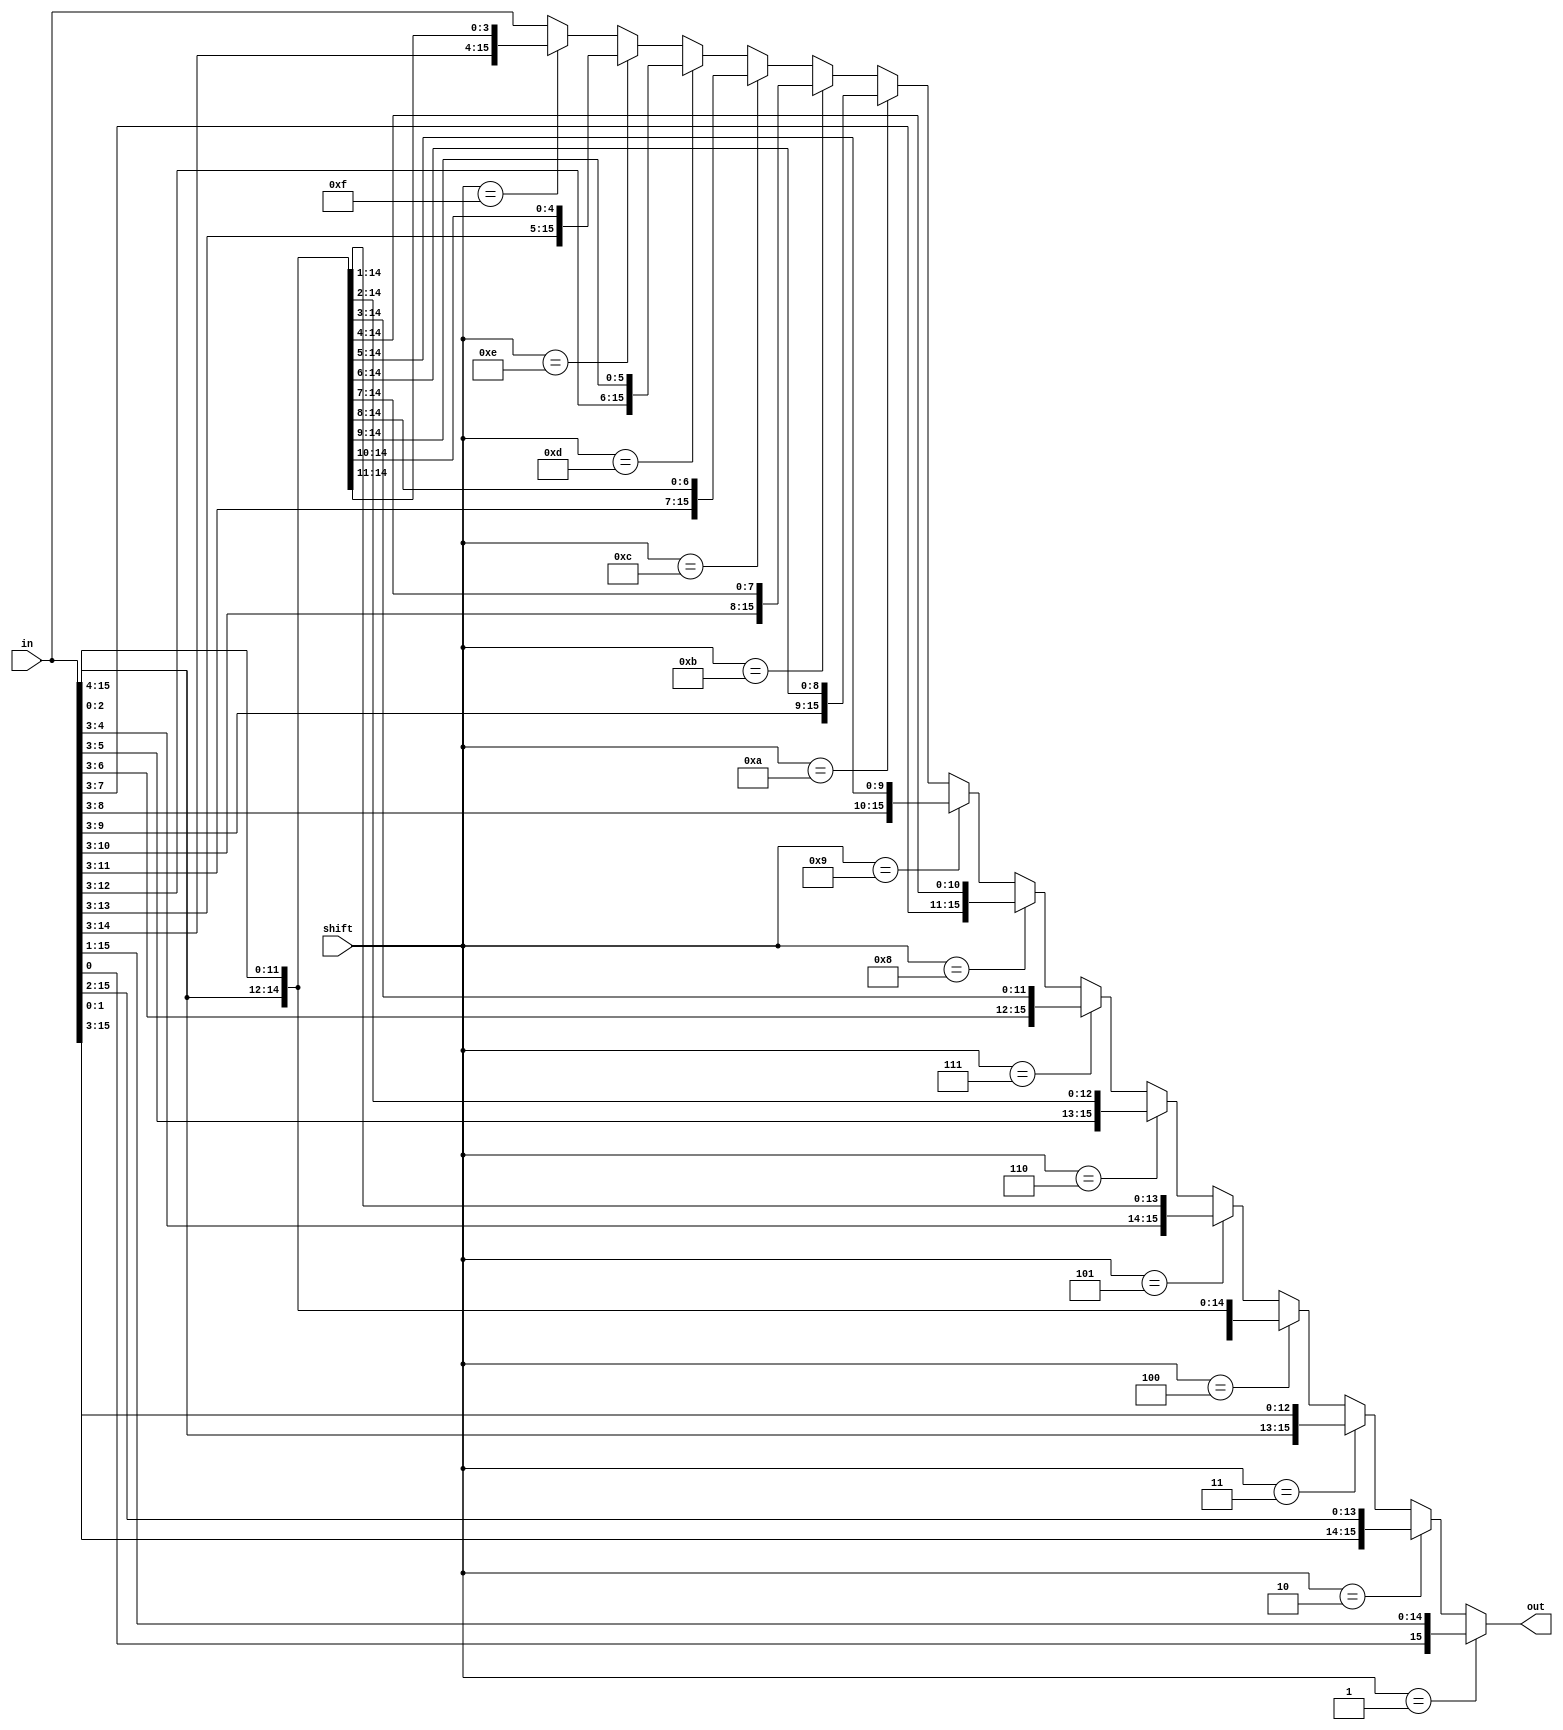
module rrot_reg(in, shift, out);
parameter n=16;
input [n-1:0] in;
input [3:0] shift;
output [n-1:0] out;

assign out = (shift == 4'b0001)	? {in[0], in[n-1:1]} :
			 (shift == 4'b0010)	? {in[1:0], in[n-1:2]} :
			 (shift == 4'b0011)	? {in[2:0], in[n-1:3]} :
			 (shift == 4'b0100)	? {in[3:0], in[n-1:4]} :
			 (shift == 4'b0101)	? {in[4:0], in[n-1:5]} :
			 (shift == 4'b0110)	? {in[5:0], in[n-1:6]} :
			 (shift == 4'b0111)	? {in[6:0], in[n-1:7]} :
			 (shift == 4'b1000)	? {in[7:0], in[n-1:8]} :
			 (shift == 4'b1001)	? {in[8:0], in[n-1:9]} :
			 (shift == 4'b1010)	? {in[9:0], in[n-1:10]} :
			 (shift == 4'b1011)	? {in[10:0], in[n-1:11]} :
			 (shift == 4'b1100)	? {in[11:0], in[n-1:12]} :
			 (shift == 4'b1101)	? {in[12:0], in[n-1:13]} :
			 (shift == 4'b1110)	? {in[13:0], in[n-1:14]} :
			 (shift == 4'b1111)	? {in[14:0], in[n-1:15]} :
			 in;

endmodule